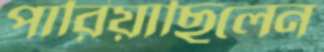
পারিয়াছিলেন